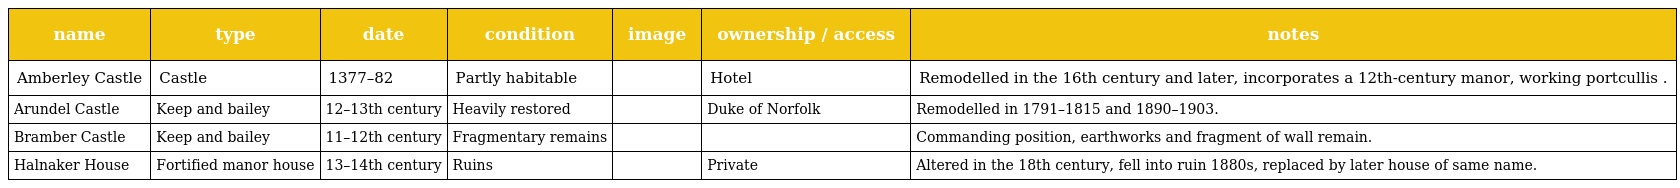
| name | type | date | condition | image | ownership / access | notes |
 | --- | --- | --- | --- | --- | --- | --- |
 | Amberley Castle | Castle | 1377–82 | Partly habitable |  | Hotel | Remodelled in the 16th century and later, incorporates a 12th-century manor, working portcullis . |
 | Arundel Castle | Keep and bailey | 12–13th century | Heavily restored |  | Duke of Norfolk | Remodelled in 1791–1815 and 1890–1903. |
 | Bramber Castle | Keep and bailey | 11–12th century | Fragmentary remains |  |  | Commanding position, earthworks and fragment of wall remain. |
 | Halnaker House | Fortified manor house | 13–14th century | Ruins |  | Private | Altered in the 18th century, fell into ruin 1880s, replaced by later house of same name. |